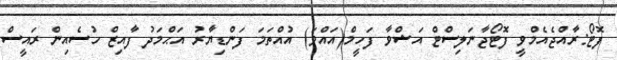
ފޮޓޯ:ރާއްޖެއެމްވީ ފޮޓޯޖާނަލިސްޓް އަޝްވާ ފަހީމް(އައްވަ) އުއްތަމަ ފަންޑިޔާރު އަޙްމަދު ފާއިޒް ހުސެއިން ރައީސް